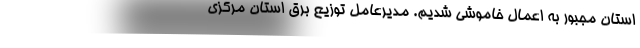
استان مجبور به اعمال خاموشی شدیم. مدیرعامل توزیع برق استان مرکزی